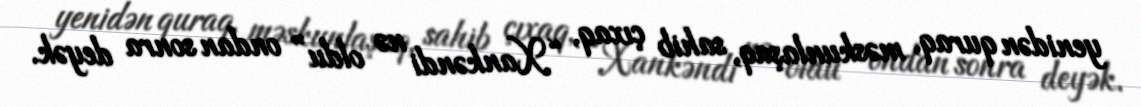
yenidən quraq, məskunlaşaq, sahib çıxaq, “Xankəndi nə oldu” ondan sonra deyək.